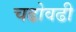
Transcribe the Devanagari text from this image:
चढोवढी